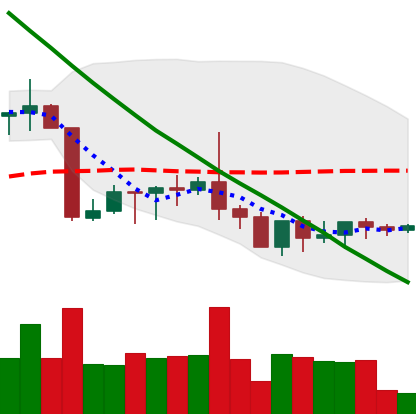
Ticker: XRP-USD
Chart end date: 2022-09-04
Forward return: 7.751%
Label: up_7plus